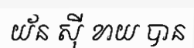
យ័ន ស៊ី ខាយ បាន